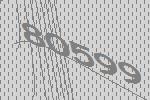
80599